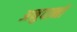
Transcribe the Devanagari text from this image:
अनुदानॉ